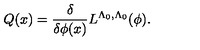
Q ( x ) = \frac { \delta } { \delta \phi ( x ) } L ^ { \Lambda _ { 0 } , \Lambda _ { 0 } } ( \phi ) .